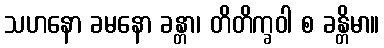
သဟနော ခမနော ခန္တာ၊ တိတိက္ခဝါ စ ခန္တိမာ။